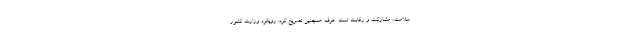
سلامت، مشارکت و رقابت است. عرف همچنین تصریح کرد: رویکرد وزارت کشور